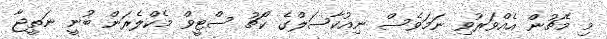
މި މެޗުން އެއްވަރުވި ނަމަވެސް ނިއުކާސަލްގެ ކޯޗު ސްޓީވް މެކްލެރަން ބުނީ ނަތީޖާ